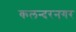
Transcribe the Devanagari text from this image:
कलन्दरनगर